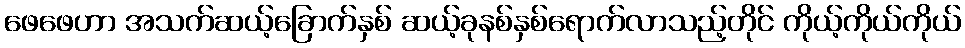
ဖေဖေဟာ အသက်ဆယ့်ခြောက်နှစ် ဆယ့်ခုနစ်နှစ်ရောက်လာသည့်တိုင် ကိုယ့်ကိုယ်ကိုယ်